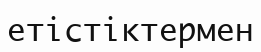
етістіктермен